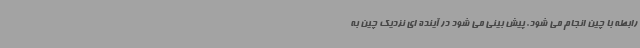
رابطه با چین انجام می شود. پیش بینی می شود در آینده ای نزدیک چین به